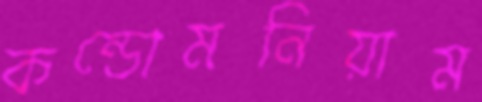
কন্ডোমনিয়াম